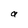
Character: a